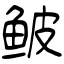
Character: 鲏